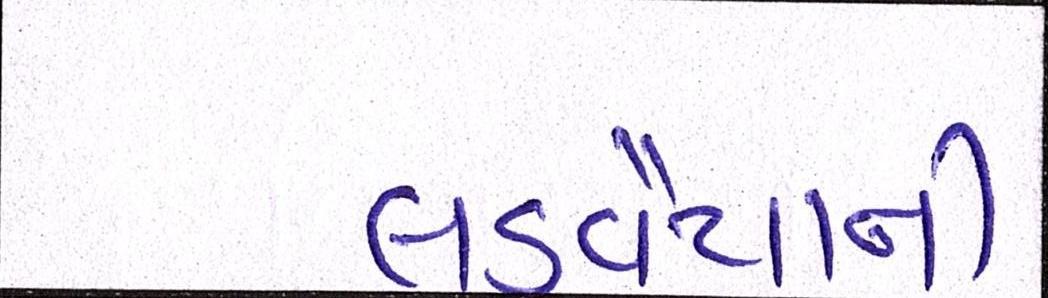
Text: લડવૈયાની